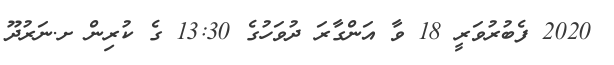
2020 ފެބުރުވަރީ 18 ވާ އަންގާރަ ދުވަހުގެ 13:30 ގެ ކުރިން ށ.ނަރުދޫ